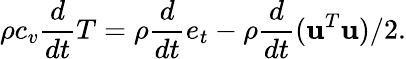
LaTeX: \rho c_{v}\frac{d}{dt}T=\rho\frac{d}{dt}e_{t}-\rho\frac{d}{dt}(\mathbf{u}^{T}\mathbf{u})/2.